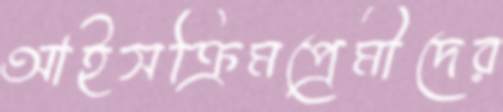
আইসক্রিমপ্রেমীদের